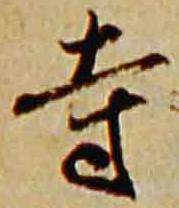
寺